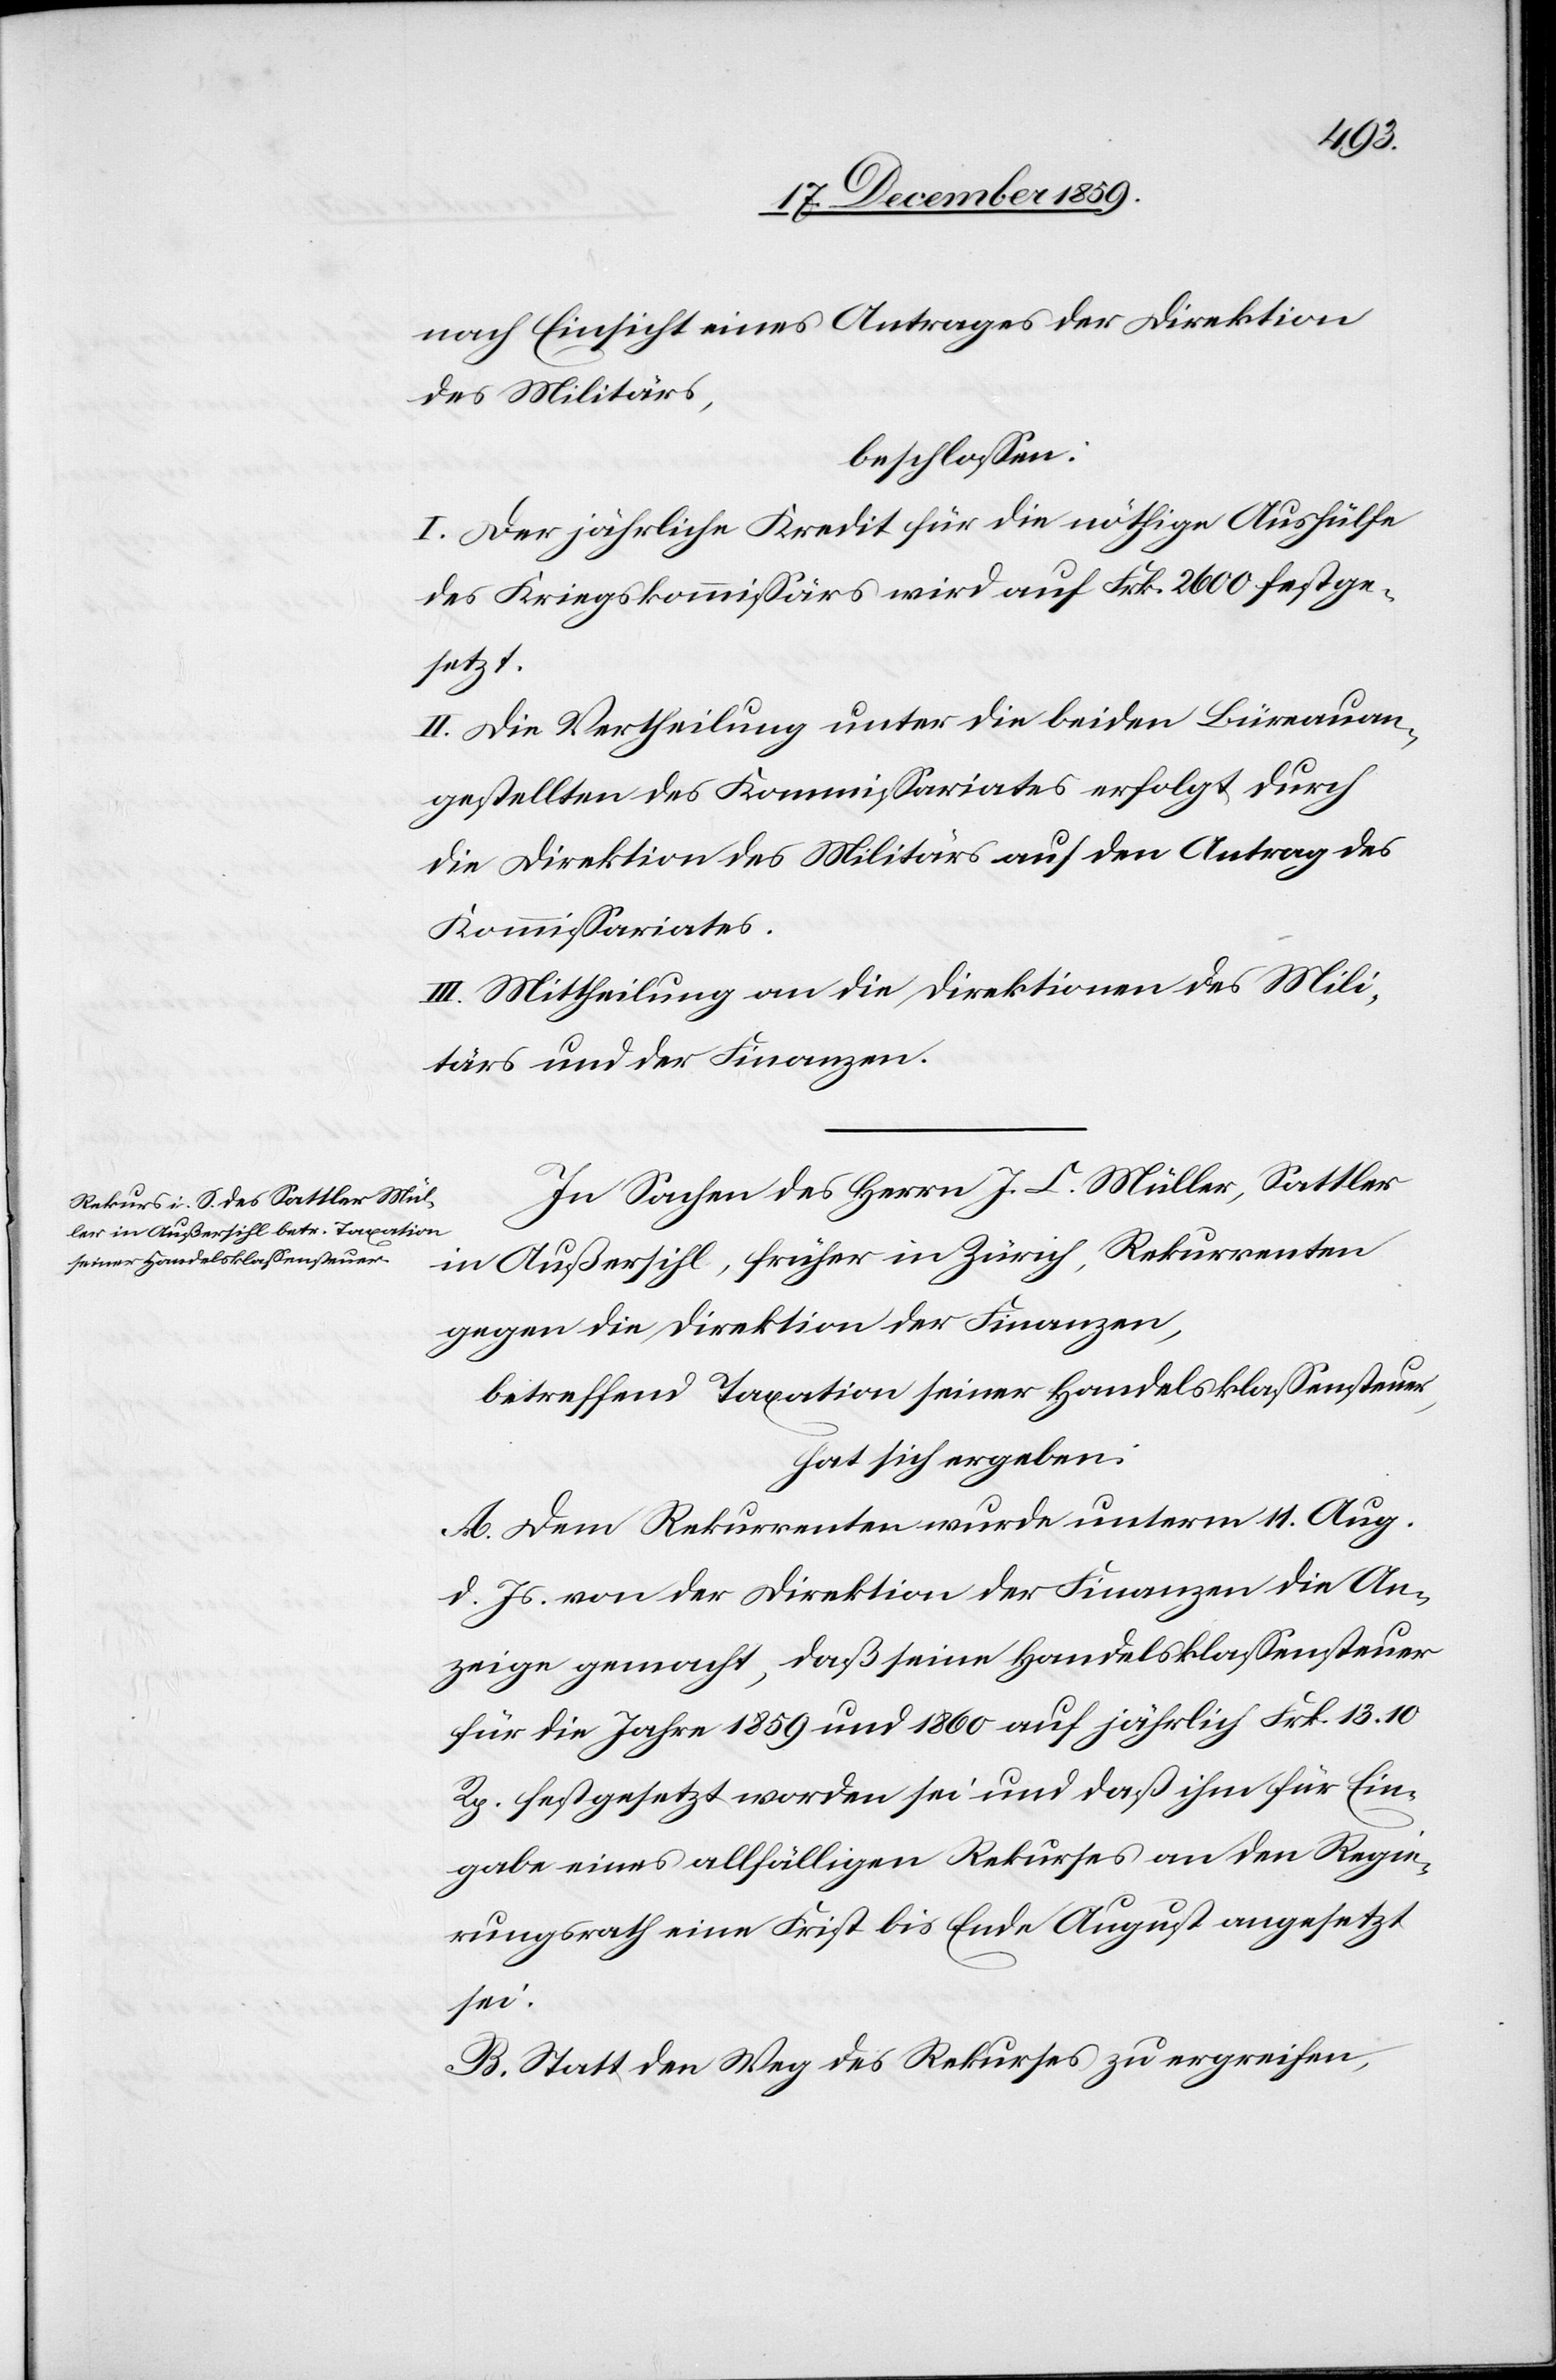
nach Einsicht eines Antrages der Direktion
des Militärs,
beschlossen:
I. Der jährliche Kredit für die nöthige Aushülfe
des Kriegskommissärs wird auf Frk. 2600 festge¬
setzt.
II. Die Vertheilung unter die beiden Büreauan¬
gestellten des Kommissariates erfolgt durch
die Direktion des Militärs auf den Antrag des
Kommissariates.
II. Mittheilung an die Direktionen des Mili¬
tärs und der Finanzen.
In Sachen des Herrn J. C. Müller, Sattler
in Außersihl, früher in Zürich, Rekurrenten
gegen die Direktion der Finanzen,
betreffend Taxation seiner Handelsklassensteuer,
hat sich ergeben:
A. Dem Rekurrenten wurde unterm 11. Aug.
d. Js. von der Direktion der Finanzen die An¬
zeige gemacht, daß seine Handelsklassensteuer
für die Jahre 1859 und 1860 auf jährlich Frk. 13. 10
Rp. festgesetzt worden sei und daß ihm für Ein¬
gabe eines allfälligen Rekurses an den Regie¬
rungsrath eine Frist bis Ende August angesetzt
sei.
B. Statt den Weg des Rekurses zu ergreifen,